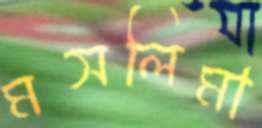
মসলিমা